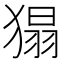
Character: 𤠐